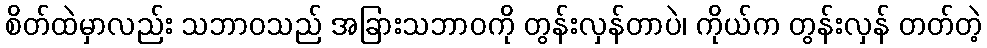
စိတ်ထဲမှာလည်း သဘာဝသည် အခြားသဘာဝကို တွန်းလှန်တာပဲ၊ ကိုယ်က တွန်းလှန် တတ်တဲ့